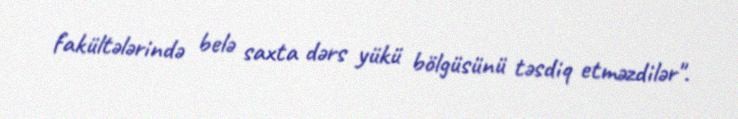
fakültələrində belə saxta dərs yükü bölgüsünü təsdiq etməzdilər".